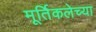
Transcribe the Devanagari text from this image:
मूर्तिकलेच्या